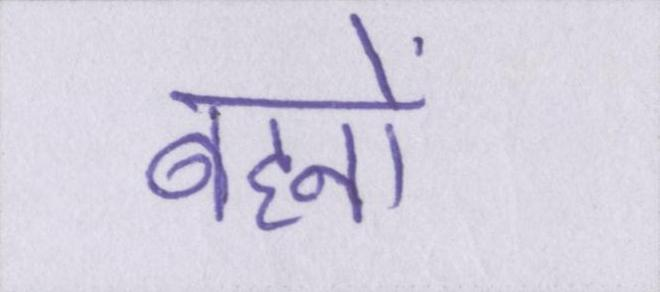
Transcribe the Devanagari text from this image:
बहनों